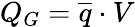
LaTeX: Q_{G}=\overline{{q}}\cdot V